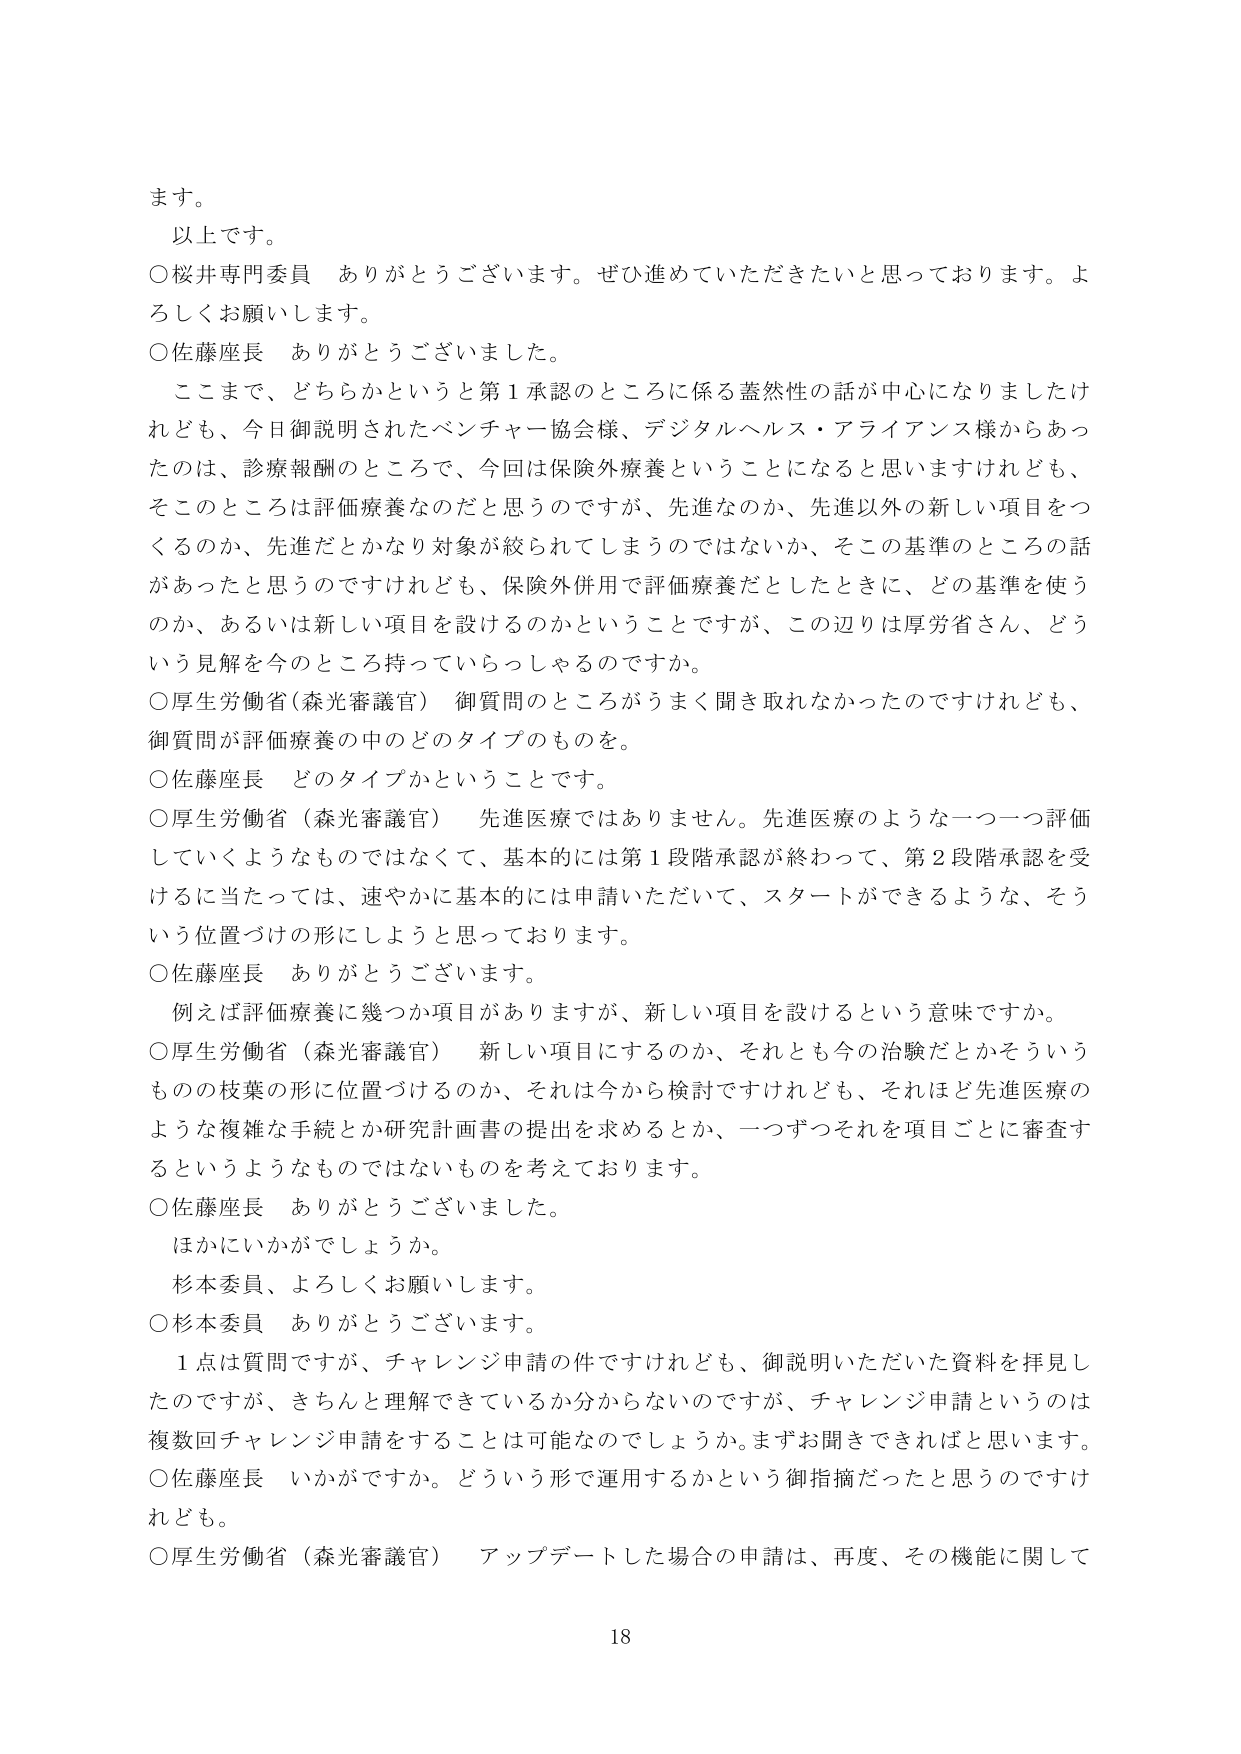
ます。
以上です。
○桜井専門委員　ありがとうございます。ぜひ進めていただきたいと思っております。よろしくお願いします。
○佐藤座長　ありがとうございました。
　ここまで、どちらかというと第１承認のところに係る蓋然性の話が中心になりましたけれども、今日御説明されたベンチャー協会様、デジタルヘルス・アライアンス様からあったのは、診療報酬のところで、今回は保険外療養ということになると思いますけれども、そこのところは評価療養なのだと思うのですが、先進なのか、先進以外の新しい項目をつくるのか、先進だとかなり対象が絞られてしまうのではないか、そこの基準のところの話があったと思うのですけれども、保険外併用で評価療養だとしたときに、どの基準を使うのか、あるいは新しい項目を設けるのかということですが、この辺りは厚労省さん、どういう見解を今のところ持っていらっしゃるのですか。
○厚生労働省（森光審議官）　御質問のところがうまく聞き取れなかったのですけれども、御質問が評価療養の中のどのタイプのものを。
○佐藤座長　どのタイプかということです。
○厚生労働省（森光審議官）　先進医療ではありません。先進医療のような一つ一つ評価していくようなものではなくて、基本的には第１段階承認が終わって、第２段階承認を受けるに当たっては、速やかに基本的には申請いただいて、スタートができるような、そういう位置づけの形にしようと思っております。
○佐藤座長　ありがとうございます。
　例えば評価療養に幾つか項目がありますが、新しい項目を設けるという意味ですか。
○厚生労働省（森光審議官）　新しい項目にするのか、それとも今の治験だとかそういうものの枝葉の形に位置づけるのか、それは今から検討ですけれども、それほど先進医療のような複雑な手続とか研究計画書の提出を求めるとか、一つずつそれを項目ごとに審査するというようなものではないものを考えております。
○佐藤座長　ありがとうございました。
　ほかにいかがでしょうか。
　杉本委員、よろしくお願いします。
○杉本委員　ありがとうございます。
　１点は質問ですが、チャレンジ申請の件ですけれども、御説明いただいた資料を拝見したのですが、きちんと理解できているか分からないのですが、チャレンジ申請というのは複数回チャレンジ申請をすることは可能なのでしょうか。まずお聞きできればと思います。
○佐藤座長　いかがですか。どういう形で運用するかという御指摘だったと思うのですけれども。
○厚生労働省（森光審議官）　アップデートした場合の申請は、再度、その機能に関して
18